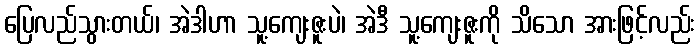
ပြေလည်သွားတယ်၊ အဲဒါဟာ သူ့ကျေးဇူးပဲ၊ အဲဒီ သူ့ကျေးဇူးကို သိသော အားဖြင့်လည်း